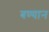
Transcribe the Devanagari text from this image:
बण्यान